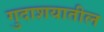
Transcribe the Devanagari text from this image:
गुदाशयातील